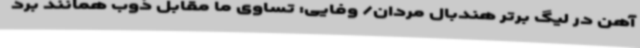
آهن در لیگ برتر هندبال مردان/ وفایی: تساوی ما مقابل ذوب همانند برد